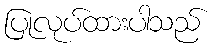
ပြုလုပ်ထားပါသည်